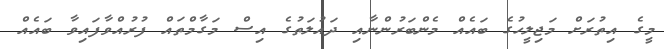
މީގެ އިތުރަށް މަޖިލީހުގެ ބައެއް މެންބަރުންނާއި ދައުލަތުގެ އިސް މަގާމްތައް ފުރުއްވާފައިވާ ބައެއް